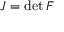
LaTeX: J = \operatorname* { d e t } { \boldsymbol { F } }